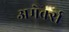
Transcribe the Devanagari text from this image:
अमेर्क्स